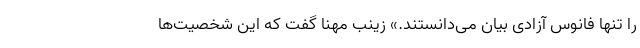
را تنها فانوس آزادی بیان می‌دانستند.» زینب مهنا گفت که این شخصیت‌ها